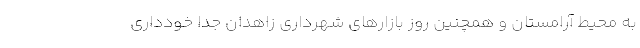
به محیط آرامستان و همچنین روز بازارهای شهرداری زاهدان جداً خودداری